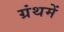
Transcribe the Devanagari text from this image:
ग्रंथमें